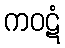
ကဝဋံ